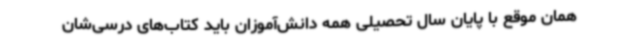
همان موقع با پایان سال تحصیلی همه دانش‌آموزان باید کتاب‌های درسی‌شان